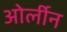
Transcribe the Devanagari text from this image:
ओर्लीन